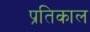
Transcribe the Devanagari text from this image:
प्रतिकाल